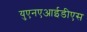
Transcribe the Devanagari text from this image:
युएनएआईडीएस